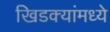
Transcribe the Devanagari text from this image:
खिडक्यांमध्ये